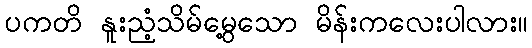
ပကတိ နူးညံ့သိမ်မွေ့သော မိန်းကလေးပါလား။